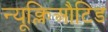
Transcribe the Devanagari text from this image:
न्यूक्लिऔटिड